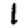
Digit: 1